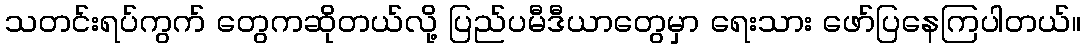
သတင်းရပ်ကွက် တွေကဆိုတယ်လို့ ပြည်ပမီဒီယာတွေမှာ ရေးသား ဖော်ပြနေကြပါတယ်။